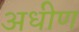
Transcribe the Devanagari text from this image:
अधीण